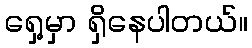
ရှေ့မှာ ရှိနေပါတယ်။